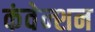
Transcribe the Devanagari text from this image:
कंवेन्शन